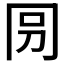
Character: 𠕕